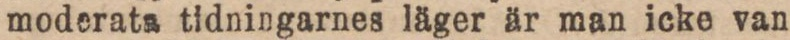
moderata tidningarnes läger är man icke van